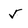
Character: 5